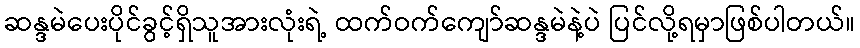
ဆန္ဒမဲပေးပိုင်ခွင့်ရှိသူအားလုံးရဲ့ ထက်ဝက်ကျော်ဆန္ဒမဲနဲ့ပဲ ပြင်လို့ရမှာဖြစ်ပါတယ်။